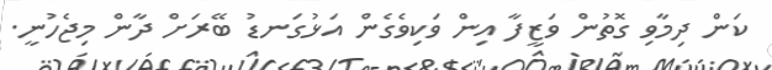
ކަން ދިމާވި ގޮތުން ވަޒީފާ އިން ވަކިވެގެން އަޅުގަނޑު ބޭރަށް ދާން މިޖެހުނީ.